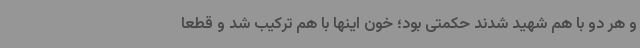
و هر دو با هم شهید شدند حکمتی بود؛ خون اینها با هم ترکیب شد و قطعاً